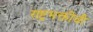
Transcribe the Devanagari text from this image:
राष्ट्रभक्तीची